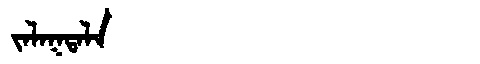
Manchu: ᠵᠠᠯᠠᡴᡨᠠᠯᠠ
Romanization: JALAKTALA